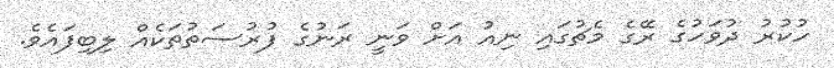
ހުކުރު ދުވަހުގެ ރޭގެ މެޗުގައި ނިއު އަށް ވަނީ ރަނުގެ ފުރުސަތުތަކެއް ލިބިފައެވެ.